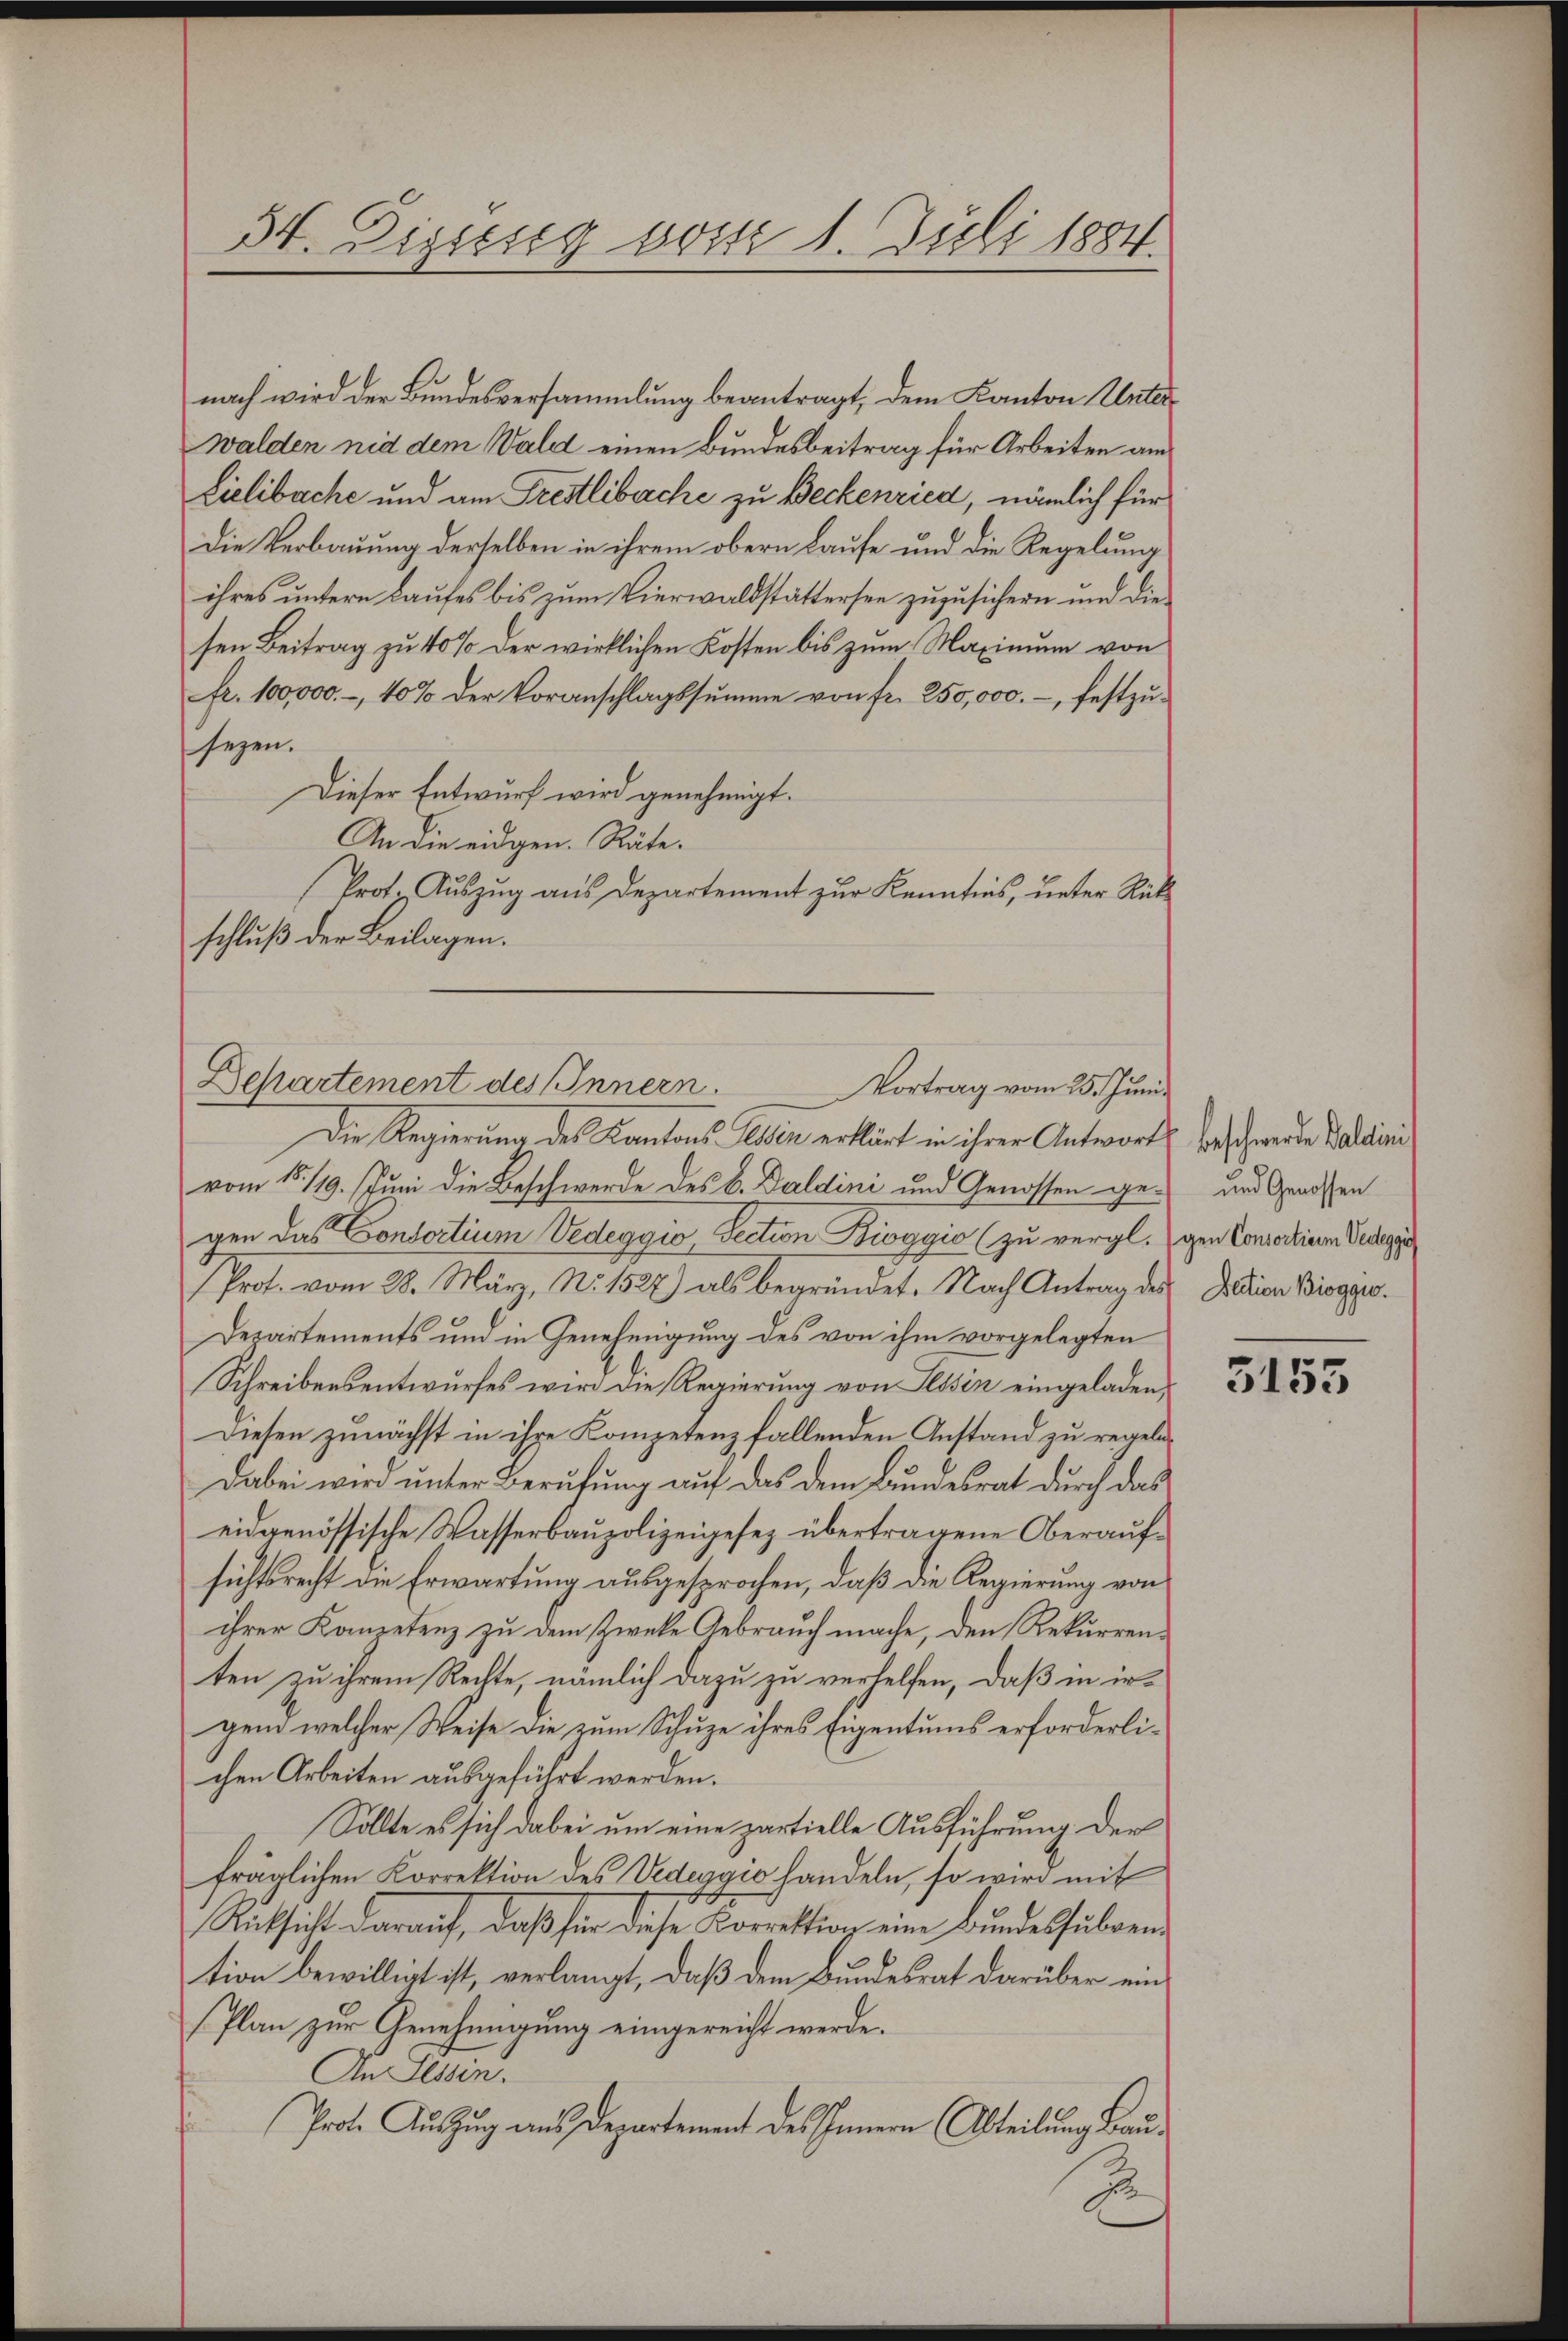
34. Dizicseg vom 1. Juli 1884.

nach wird der Bundesversammlung beantragt, dem Kanton Unterwalden nid dem Wald einen Bundesbeitrag für Arbeiten am
Lielibache und am Preslibache zu Beckenried, nämlich für
Die Verbauung derselben in ihrem obern Laufe und die Regelung
ihres untern Laufes bis zum Vierwaldstättersee zuzusichern und diesen Beitrag zu 40% der wirklichen Kosten bis zum Maximum von
fr. 100,000.- 10% der Voranschlagssŭmme von fr. 250,000.- festzŭ-
sezen.
Dieser Entwurf wird genehmigt.
An die eidgen. Räte.
Prot. Auszug aus Departement zur Kenntnis, unter Rückschluß der Beilagen.

Departement des Innern.
Vortrag vom 25. Juni

Die Regierung des Kantons Eden erklärt in ihrer Antwort verschwerden Balini
vom 15./19. Juni die Beschwerde des B. Galdini und Genossen ge- und Genossen
gen das Contortium Vedeggio, Section Bioggio (zu vergl. gen Consortionen Vedegger
Prof. vom 28. März, N. 1527) als begründet. Nach Antrag des Diction Bioggro¬
Departements und in Genehmigung des von ihm vorgelegten
Schreibensentwurfes wird die Regierung von Tessin eingeladen,
Diesen zunächst in ihre Kompetenz fallenden Anstand zu regeln¬
Dabei wird unter Berufung auf das dem Bundesrat durch das
eidgenössische Wasserbaupolizeigesetz übertragene Oberaufsichtsrecht die Erwartung ausgesprochen, daß die Regierung von
ihrer Konzetenz zu dem Zwecke Gebrauch mache, den Rekurrenten zu ihrem Rechte, nämlich dazu zu verhelfen, daß in irgend welcher Weise die zum Schuze ihres Eigentums erforderlichen Arbeiten ausgeführt werden.
Sollte es sich dabei um eine partielle Ausführung der
fräglichen Korrektion des Vedeggio handeln, so wird mit
Rücksicht darauf, daß für diese Korrektion eine Bundessubvention bewilligt ist, verlangt, daß dem Bundesrat darüber ein¬
Plan zur Genehmigung eingereicht werde.
An Tessin.
Prote Auszug aus Departement des Innern Abteilung Bau¬
9
2

3155